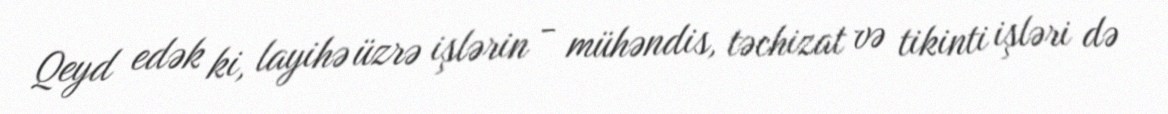
Qeyd edək ki, layihə üzrə işlərin - mühəndis, təchizat və tikinti işləri də